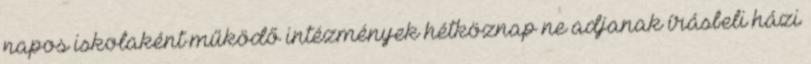
napos iskolaként működő intézmények hétköznap ne adjanak írásbeli házi